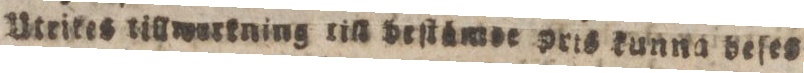
Utrires tillmerkning till deſtåmer pris kunna beſes